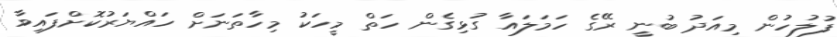
ފުލުހުން މިއަދު ބުނީ ރޭގެ ހަމަލައާ ގުޅިގެން ހަތް މީހަކު މިހާތަނަށް ހައްޔަރުކޮށްފައިވާ